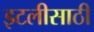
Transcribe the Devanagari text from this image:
इटलीसाठी